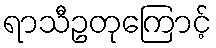
ရာသီဥတုကြောင့်